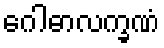
ဂေါဓာလက္ခဏံ